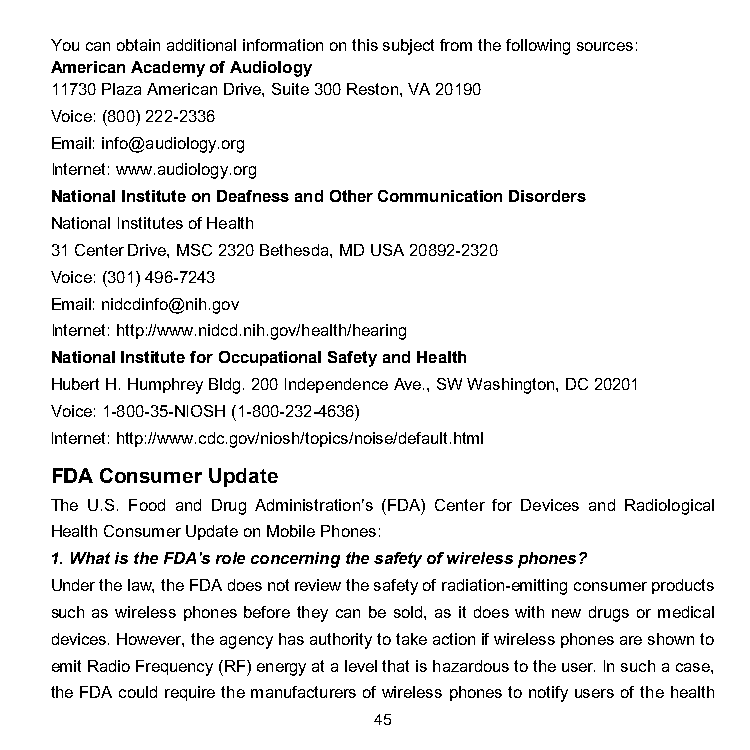
You can obtain additional information on this subject from the following sources:
 American Academy of Audiology
 11730 Plaza American Drive, Suite 300 Reston, VA 20190
 Voice: (800) 222-2336
 Email: info@audiology.org
 Internet: www.audiology.org
 National Institute on Deafness and Other Communication Disorders
 National Institutes of Health
 31 Center Drive, MSC 2320 Bethesda, MD USA 20892-2320
 Voice: (301) 496-7243
 Email: nidcdinfo@nih.gov
 Internet: http://www.nidcd.nih.gov/health/hearing
 National Institute for Occupational Safety and Health
 Hubert H. Humphrey Bldg. 200 Independence Ave., SW Washington, DC 20201
 Voice: 1-800-35-NIOSH (1-800-232-4636)
 Internet: http://www.cdc.gov/niosh/topics/noise/default.html
 FDA Consumer Update
 The U.S. Food and Drug Administration’s (FDA) Center for Devices and Radiological
 Health Consumer Update on Mobile Phones:
 1. What is the FDA's role concerning the safety of wireless phones?
 Under the law, the FDA does not review the safety of radiation-emitting consumer products
 such as wireless phones before they can be sold, as it does with new drugs or medical
 devices. However, the agency has authority to take action if wireless phones are shown to
 emit Radio Frequency (RF) energy at a level that is hazardous to the user. In such a case,
 the FDA could require the manufacturers of wireless phones to notify users of the health
 45